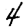
Digit: 4